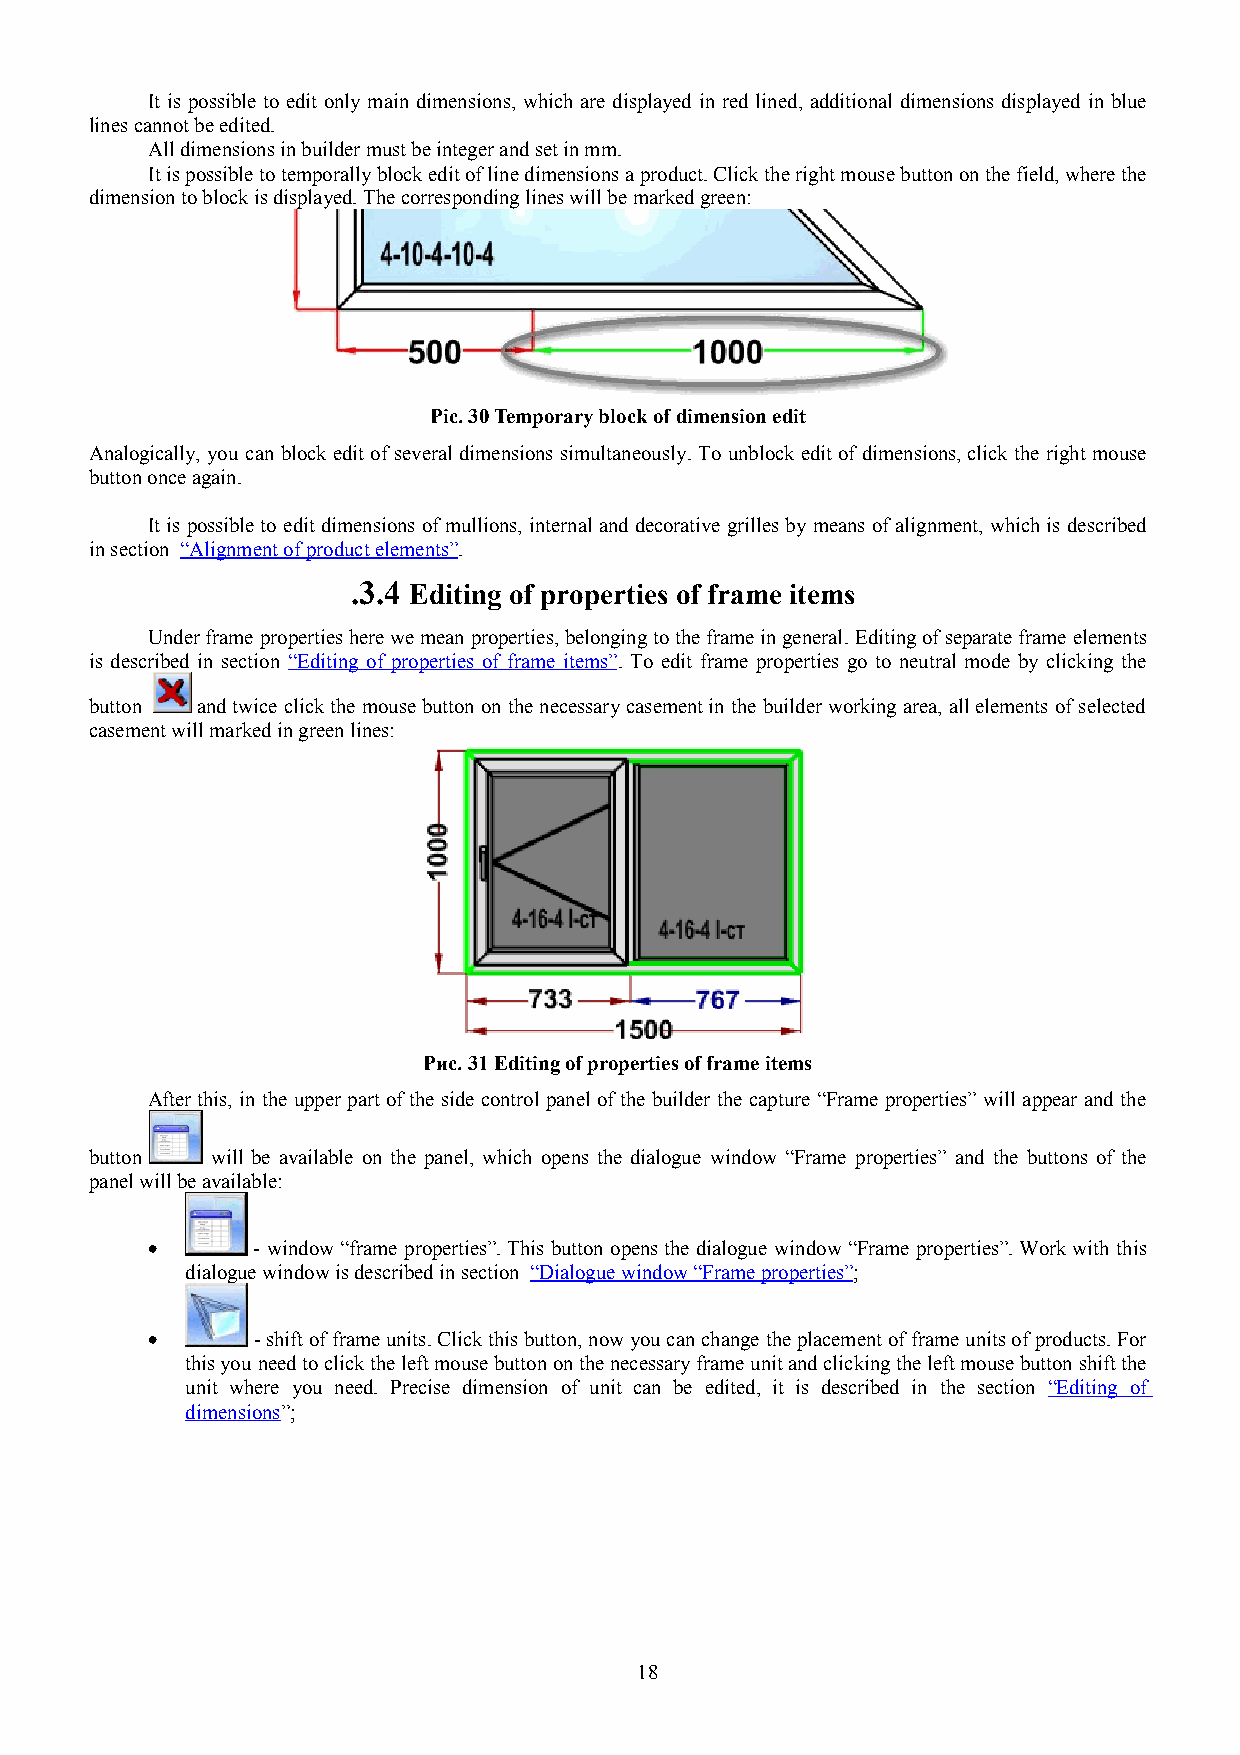
It is possible to edit only main dimensions, which are displayed in red lined, additional dimensions displayed in blue
 lines cannot be edited.
 All dimensions in builder must be integer and set in mm.
 It is possible to temporally block edit of line dimensions а product. Click the right mouse button on the field, where the
 dimension to block is displayed. The corresponding lines will be marked green:
 Pic. 30 Temporary block of dimension edit
 Analogically, you can block edit of several dimensions simultaneously. To unblock edit of dimensions, click the right mouse
 button once again.
 It is possible to edit dimensions of mullions, internal and decorative grilles by means of alignment, which is described
 in section “Alignment of product elements”.
 .3.4 Editing of properties of frame items
 Under frame properties here we mean properties, belonging to the frame in general. Editing of separate frame elements
 is described in section “Editing of properties of frame items”. To edit frame properties go to neutral mode by clicking the
 button and twice click the mouse button on the necessary casement in the builder working area, all elements of selected
 casement will marked in green lines:
 Рис. 31 Editing of properties of frame items
 After this, in the upper part of the side control panel of the builder the capture “Frame properties” will appear and the
 button  will be available on the panel, which opens the dialogue window “Frame properties” and the buttons of the
 panel will be available:
 •      - window “frame properties”. This button opens the dialogue window “Frame properties”. Work with this
 dialogue window is described in section “Dialogue window “Frame properties”;
 •      - shift of frame units. Click this button, now you can change the placement of frame units of products. For
 this you need to click the left mouse button on the necessary frame unit and clicking the left mouse button shift the
 unit where you need. Precise dimension of unit can be edited, it is described in the section “Editing of
 dimensions”;
 18